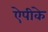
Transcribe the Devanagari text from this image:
ऐपीके